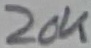
Text: 20K